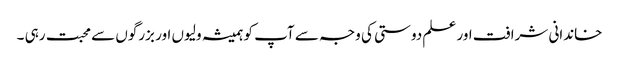
خاندانی شرافت اور علم دوستی کی وجہ سے آپ کو ہمیشہ ولیوں اور بزرگوں سے محبت رہی ۔